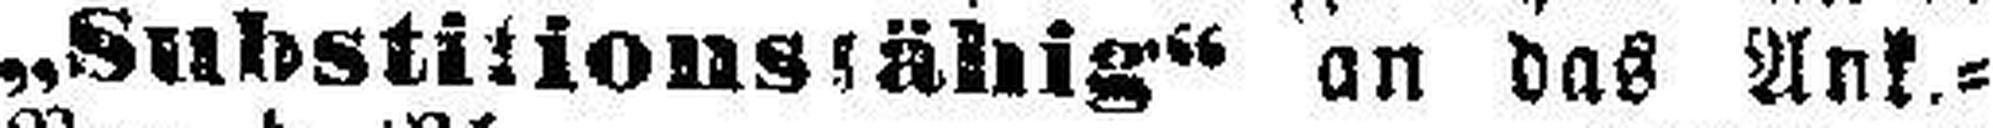
„Substitionsfähig“ an das Ank.=